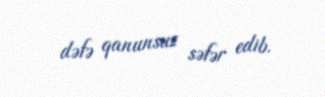
dəfə qanunsuz səfər edib.